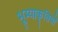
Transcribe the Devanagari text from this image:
भूम्याकृतियों